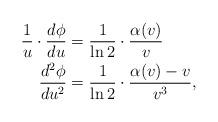
LaTeX: \begin{align*} \frac{1}{u} \cdot \frac{d\phi}{du} &= \frac{1}{\ln 2} \cdot \frac{\alpha(v)}{v} \\\frac{d^2 \phi}{du^2} &= \frac{1}{\ln 2} \cdot \frac{\alpha(v)-v}{v^3}, \end{align*}